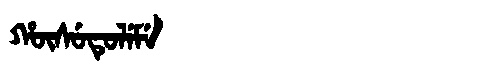
Manchu: ᡥᡡᠰᡠᡨᡠᠯᡝᠮᡝ
Romanization: HŪSUTULEME